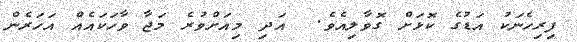
ފިރިހެނަކު އަޑުގެ ކޮޅަށް ގޮވާލިއެވެ.  އަދި މިއަށްވުރެ މަޖާ ވާހަކައެއް އަހަރެން